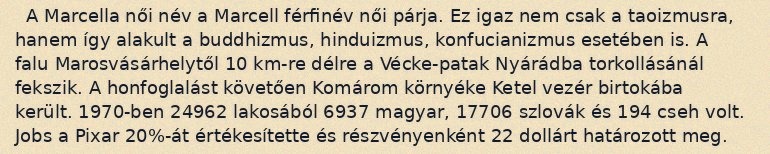
A Marcella női név a Marcell férfinév női párja. Ez igaz nem csak a taoizmusra, hanem így alakult a buddhizmus, hinduizmus, konfucianizmus esetében is. A falu Marosvásárhelytől 10 km-re délre a Vécke-patak Nyárádba torkollásánál fekszik. A honfoglalást követően Komárom környéke Ketel vezér birtokába került. 1970-ben 24962 lakosából 6937 magyar, 17706 szlovák és 194 cseh volt. Jobs a Pixar 20%-át értékesítette és részvényenként 22 dollárt határozott meg.